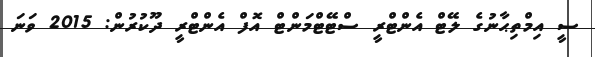
ސީ އިމްތިޙާނުގެ ލޭޓް އެންޓްރީ ސްޓޭޓްމަންޓް އޮފް އެންޓްރީ ދޫކުރުން: 2015 ވަނަ